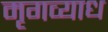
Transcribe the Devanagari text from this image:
मृगव्याध